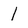
Character: l